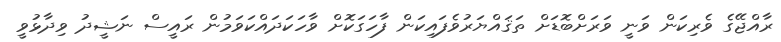
ރާއްޖޭގެ ވެރިކަން ވަނީ ވަރަށްބޮޑަށް ތަޤައްޔަރުވެފައިކަން ފާހަގަކޮށް ވާހަކަދައްކަވަމުން ރައީސް ނަޝީދު ވިދާޅުވީ